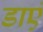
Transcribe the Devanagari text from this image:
डाएं